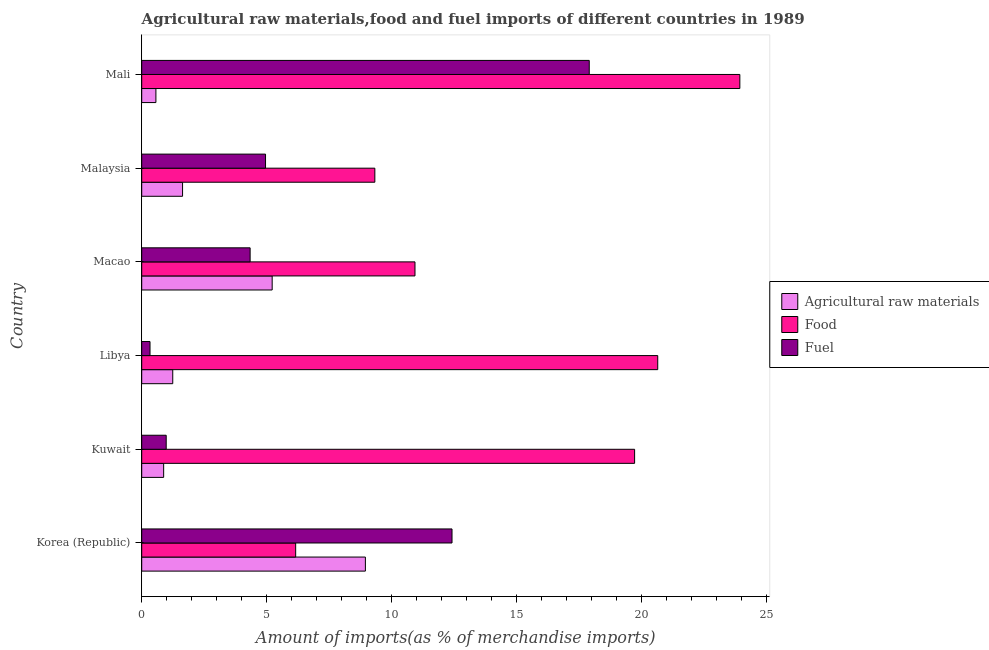
| Country | Agricultural raw materials | Food | Fuel |
 | --- | --- | --- | --- |
 | Korea (Republic) | 8.95 | 6.16 | 12.4 |
 | Kuwait | 0.877 | 19.7 | 0.979 |
 | Libya | 1.24 | 20.6 | 0.331 |
 | Macao | 5.22 | 10.9 | 4.34 |
 | Malaysia | 1.63 | 9.32 | 4.95 |
 | Mali | 0.568 | 23.9 | 17.9 |